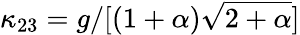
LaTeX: \kappa_{23}=g/[(1+\alpha)\sqrt{2+\alpha}]